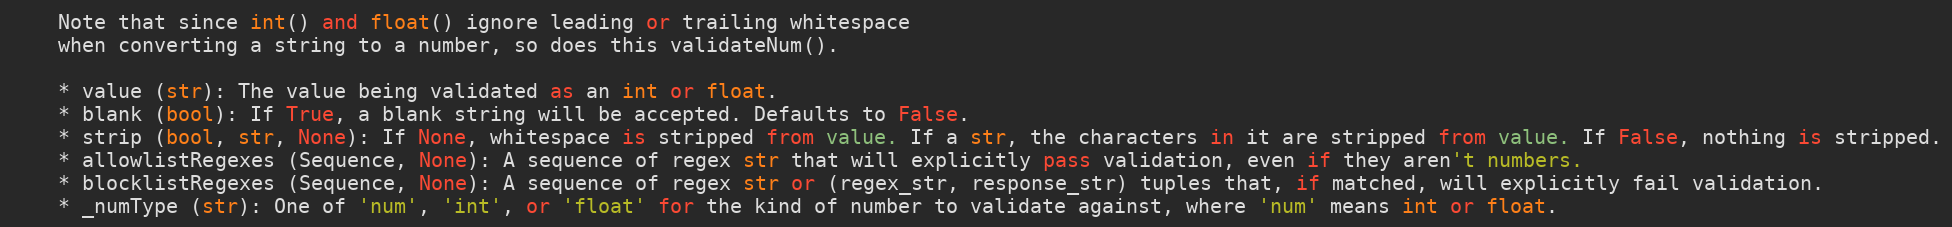
Language: Python
    Note that since int() and float() ignore leading or trailing whitespace
    when converting a string to a number, so does this validateNum().

    * value (str): The value being validated as an int or float.
    * blank (bool): If True, a blank string will be accepted. Defaults to False.
    * strip (bool, str, None): If None, whitespace is stripped from value. If a str, the characters in it are stripped from value. If False, nothing is stripped.
    * allowlistRegexes (Sequence, None): A sequence of regex str that will explicitly pass validation, even if they aren't numbers.
    * blocklistRegexes (Sequence, None): A sequence of regex str or (regex_str, response_str) tuples that, if matched, will explicitly fail validation.
    * _numType (str): One of 'num', 'int', or 'float' for the kind of number to validate against, where 'num' means int or float.